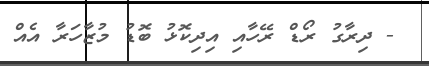
- ދިރާގު ރޯޑް ރޭހާއި އިދިކޮޅު ބޮޑު މުޒާހަރާ އެއް